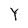
Character: Y